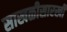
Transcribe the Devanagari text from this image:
साखळीसारखी